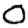
Digit: 0